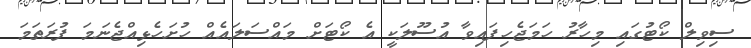
ސިވިލް ކޯޓުގައި މިހާރު ހަމަޖެހިފައިވާ އުސޫލަކީ އެ ކޯޓަށް މައްސަލައެއް ހުށަހެޅިއްޖެނަމަ ފުރަތަމަ